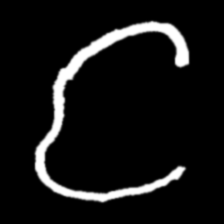
Pyu character \u2014 Myanmar letter: င (romanized: nga)